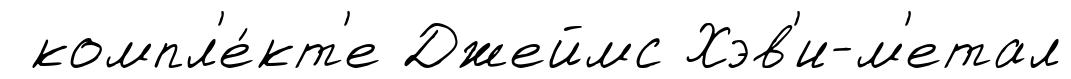
компл'е́кт'е Джеймс Хэв'и-м'етал